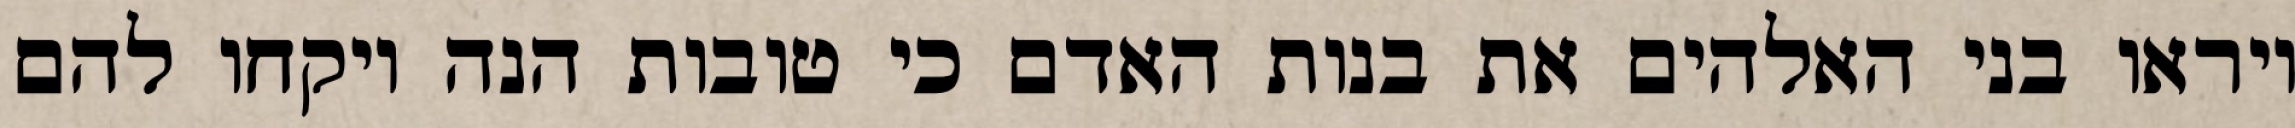
ויראו בני האלהים את בנות האדם כי טובות הנה ויקחו להם